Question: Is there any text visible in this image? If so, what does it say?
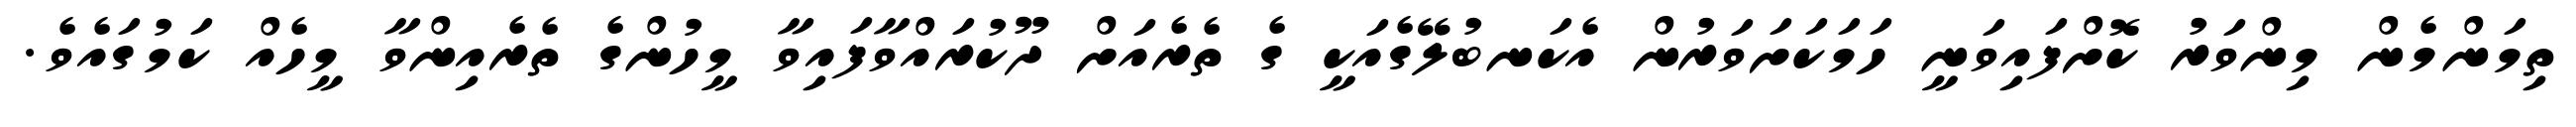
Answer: ތިމަންމެން މިންވަރު ކޮށްފައިވަނީ ހަމަކަށަވަރުން އެކަނބުލޭގެއަކީ ގެ ތެރެއަށް ދޫކުރައްވާފައިވާ މީހުންގެ ތެރެއިންވާ މީހެއް ކަމުގައެވެ.